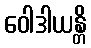
ဝေါဒါယန္တိ